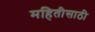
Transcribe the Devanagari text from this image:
महितीसाठी